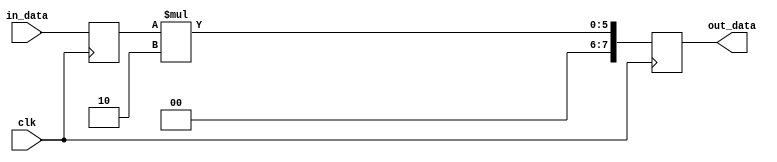
module parameterized_module #(
    parameter WIDTH = 4,
    parameter DEPTH = 8
)(
    input wire clk,
    input wire [WIDTH-1:0] in_data,
    output reg [DEPTH-1:0] out_data
);

reg [WIDTH-1:0] internal_data;

always @(posedge clk) begin
    internal_data <= in_data;
    out_data <= internal_data * 2; // Example internal logic
end

endmodule